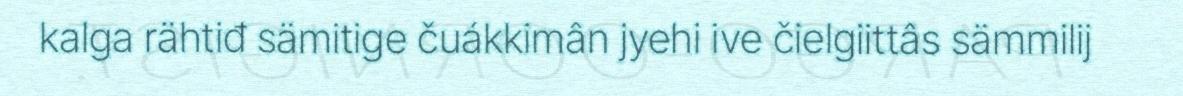
kalga rähtiđ sämitige čuákkimân jyehi ive čielgiittâs sämmilij